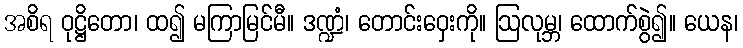
အစိရ ဝုဋ္ဌိတော၊ ထ၍ မကြာမြင်မီ။ ဒဏ္ဍံ၊ တောင်းဝှေးကို။ ဩလုမ္ဘ၊ ထောက်စွဲ၍။ ယေန၊